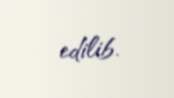
edilib.